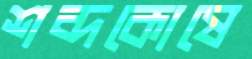
শব্দকোষে